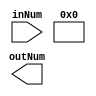
module signExtend(inNum,outNum);


	input [15:0] inNum;
	output [31:0] outNum;
	assign outNum[15:0] = in[15:0];
	assign outNum[31:16] = in[15];

	endmodule